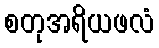
စတုအရိယဖလံ